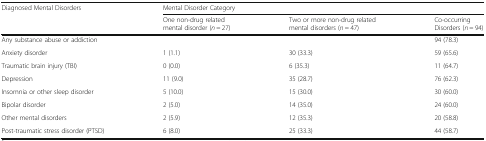
<table><thead><tr><td rowspan="2"><b>Diagnosed Mental Disorders</b></td><td colspan="3"><b>Mental Disorder Category</b></td></tr><tr><td><b>One non-drug related mental disorder (<i>n</i> = 27)</b></td><td><b>Two or more non-drug related mental disorders (<i>n</i> = 47)</b></td><td><b>Co-occurring Disorders (<i>n</i> = 94)</b></td></tr></thead><tbody><tr><td>Any substance abuse or addiction</td><td></td><td></td><td>94 (78.3)</td></tr><tr><td>Anxiety disorder</td><td>1 (1.1)</td><td>30 (33.3)</td><td>59 (65.6)</td></tr><tr><td>Traumatic brain injury (TBI)</td><td>0 (0.0)</td><td>6 (35.3)</td><td>11 (64.7)</td></tr><tr><td>Depression</td><td>11 (9.0)</td><td>35 (28.7)</td><td>76 (62.3)</td></tr><tr><td>Insomnia or other sleep disorder</td><td>5 (10.0)</td><td>15 (30.0)</td><td>30 (60.0)</td></tr><tr><td>Bipolar disorder</td><td>2 (5.0)</td><td>14 (35.0)</td><td>24 (60.0)</td></tr><tr><td>Other mental disorders</td><td>2 (5.9)</td><td>12 (35.3)</td><td>20 (58.8)</td></tr><tr><td>Post-traumatic stress disorder (PTSD)</td><td>6 (8.0)</td><td>25 (33.3)</td><td>44 (58.7)</td></tr></tbody></table>